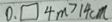
0 . \square 4 m > 1 4 c m